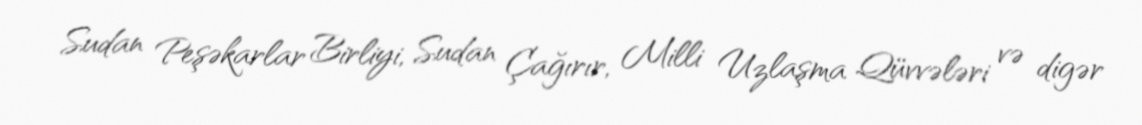
Sudan Peşəkarlar Birliyi, Sudan Çağırır, Milli Uzlaşma Qüvvələri və digər